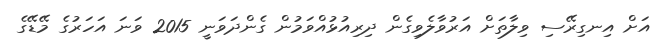
އަށް އިނގިރޭސި ވިލާތަށް އަރުވާލެވިގެން ދިރިއުޅުއްވަމުން ގެންދަވަނީ 2015 ވަނަ އަހަރުގެ މޭޑޭގެ